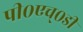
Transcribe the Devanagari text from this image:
पी०एच्०डी